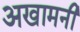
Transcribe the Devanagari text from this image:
अखामनी